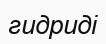
гидриді